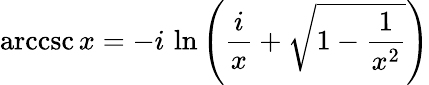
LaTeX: \operatorname{arccsc}x=-i\, \ln\left({\frac{i}{x}}+{\sqrt{1-{\frac{1}{x^{2}}}}}\right)